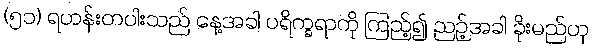
(၅၁) ရဟန်းတပါးသည် နေ့အခါ ပရိက္ခရာကို ကြည့်၍ ညဉ့်အခါ ခိုးမည်ဟု